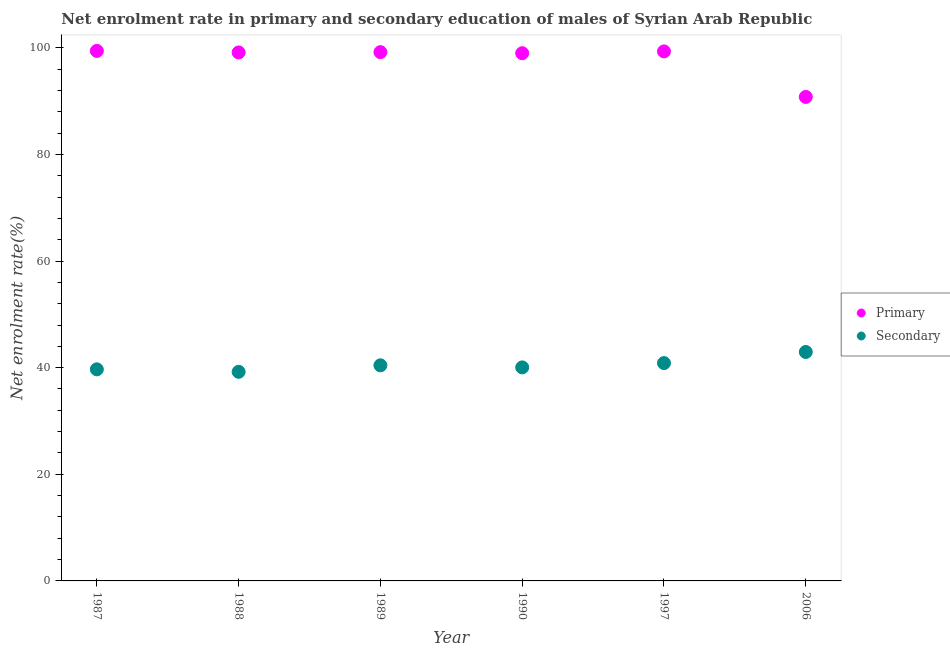
| Year | Primary | Secondary |
 | --- | --- | --- |
 | 1987 | 99.4 | 39.7 |
 | 1988 | 99.1 | 39.2 |
 | 1989 | 99.2 | 40.4 |
 | 1990 | 99 | 40.1 |
 | 1997 | 99.3 | 40.9 |
 | 2006 | 90.8 | 42.9 |